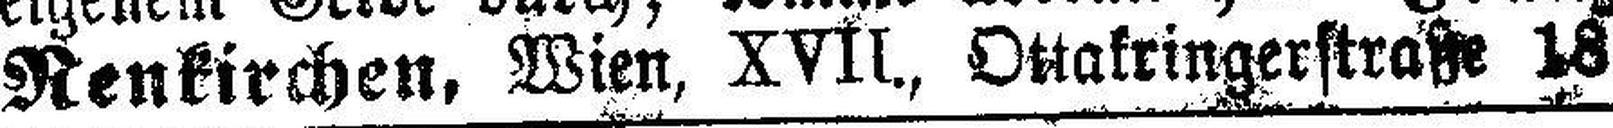
Renkirchen, Wien, XVII., Ottakringerstraße 18